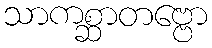
သာကစ္ဆာတဗ္ဗော